Vaccine operations Central Provinces 1868-1885 - 1868-1885
Year: 1868
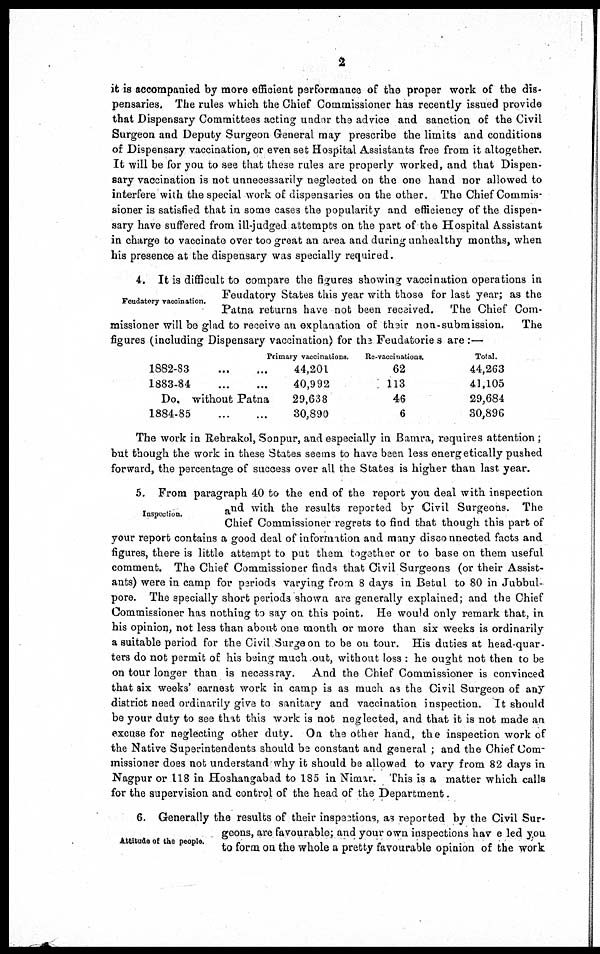
2
it is accompanied by more efficient performance of the proper work of the dis-
pensaries. The rules which the Chief Commissioner has recently issued provide
that Dispensary Committees acting under the advice and sanction of the Civil
Surgeon and Deputy Surgeon General may prescribe the limits and conditions
of Dispensary vaccination, or even set Hospital Assistants free from it altogether.
It will be for you to see that these rules are properly worked, and that Dispen-
sary vaccination is not unnecessarily neglected on the one hand nor allowed to
interfere with the special work of dispensaries on the other. The Chief Commis-
sioner is satisfied that in some cases the popularity and efficiency of the dispen-
sary have suffered from ill-judged attempts on the part of the Hospital Assistant
in charge to vaccinate over too great an area and during unhealthy months, when
his presence at the dispensary was specially required.
Feudatory vaccination.
4. It is difficult to compare the figures showing vaccination operations in
Feudatory States this year with those for last year; as the
Patna returns have not been received. The Chief Com-
missioner will be glad to receive an explanation of their non-submission.
The
figures (including Dispensary vaccination) for the Feudatories are :—
1882-83
...
...
1883-84... ...
Do. without Patna
1884-85
Primary vaccinations.
44,201
40,992
29,638
30,890
Re-vaccinations.
62
113
46
6
Total.
44,263
41,105
29,684
30,896
The work in Rehrakol, Sonpur, and especially in Bamra, requires attention;
but though the work in these States seems to have been less energetically pushed
forward, the percentage of success over all the States is higher than last year.
Inspection.
5. From paragraph 40 to the end of the report you deal with inspection
and with the results reported by Civil Surgeons. The
Chief Commissioner regrets to find that though this part of
your report contains a good deal of information and many disconnected facts and
figures, there is little attempt to put them together or to base on them useful
comment. The Chief Commissioner finds that Civil Surgeons (or their Assist-
ants) were in camp for periods varying from 8 days in Betul to 80 in Jubbul-
pore. The specially short periods shown are generally explained; and the Chief
Commissioner has nothing to say on this point. He would only remark that, in
his opinion, not less than about one month or more than six weeks is ordinarily
a suitable period for the Civil Surgeon to be on tour. His duties at head-quar-
ters do not permit of his being much out, without loss : he ought not then to be
on tour longer than is necessray. And the Chief Commissioner is convinced
that six weeks' earnest work in camp is as much as the Civil Surgeon of any
district need ordinarily give to sanitary and vaccination inspection. It should
be your duty to see that this work is not neglected, and that it is not made an
excuse for neglecting other duty. On the other hand, the inspection work of
the Native Superintendents should be constant and general ; and the Chief Com-
missioner does not understand why it should be allowed to vary from 82 days in
Nagpur or 118 in Hoshangabad to 185 in Nimar. This is a matter which calls
for the supervision and control of the head of the Department.
Attitude of the people.
6. Generally the results of their inspections, as reported by the Civil Sur-
geons, are favourable; and your own inspections have led you
to form on the whole a pretty favourable opinion of the work